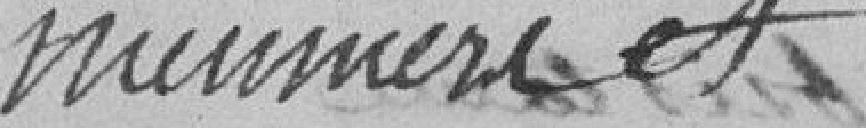
meuniers et